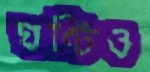
ঘণ্টিও